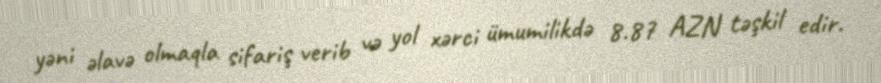
yəni əlavə olmaqla sifariş verib və yol xərci ümumilikdə 8.87 AZN təşkil edir.